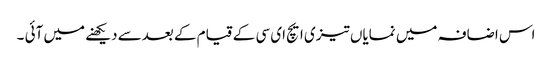
اس اضافہ میں نمایاں تیزی ایچ ای سی کے قیام کے بعدسے دیکھنے میں آئی ۔